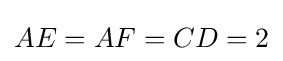
AE=AF=CD=2